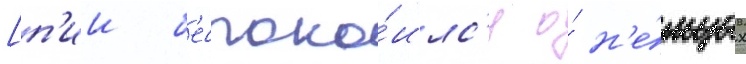
[п'ии б'еспоко́илс'я о́ н'е́мцах